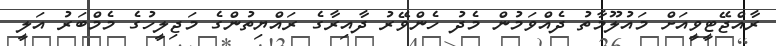
ރާއްޖޭޓީވީއަށް މައުލޫމާތު ދެއްވަމުން މެދު ހެންވޭރު ދާއިރާގެ ރައްޔިތުންގެ މަޖިލީހުގެ މެމްބަރު އަލީ